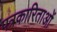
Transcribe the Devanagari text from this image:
पत्रकारिताओं